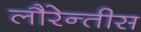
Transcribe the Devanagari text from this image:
लौरेन्तीस